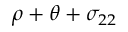
\rho + \theta + \sigma _ { 2 2 }